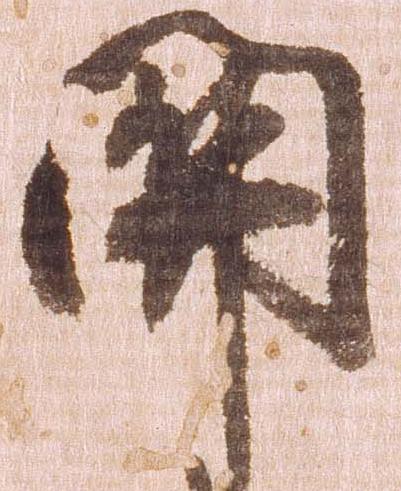
関